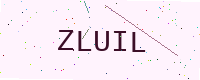
Text: ZLUIL